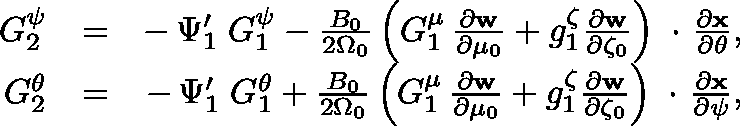
\begin{array} { r l r } { G _ { 2 } ^ { \psi } } & { = } & { - \, \Psi _ { 1 } ^ { \prime } \; G _ { 1 } ^ { \psi } - \frac { B _ { 0 } } { 2 \Omega _ { 0 } } \left( G _ { 1 } ^ { \mu } \, \frac { \partial \bf w } { \partial \mu _ { 0 } } + g _ { 1 } ^ { \zeta } \frac { \partial \bf w } { \partial \zeta _ { 0 } } \right) \mathrm { \boldmath ~ \cdot ~ } \frac { \partial \bf x } { \partial \theta } , } \\ { G _ { 2 } ^ { \theta } } & { = } & { - \, \Psi _ { 1 } ^ { \prime } \; G _ { 1 } ^ { \theta } + \frac { B _ { 0 } } { 2 \Omega _ { 0 } } \left( G _ { 1 } ^ { \mu } \, \frac { \partial \bf w } { \partial \mu _ { 0 } } + g _ { 1 } ^ { \zeta } \frac { \partial \bf w } { \partial \zeta _ { 0 } } \right) \mathrm { \boldmath ~ \cdot ~ } \frac { \partial \bf x } { \partial \psi } , } \end{array}